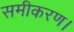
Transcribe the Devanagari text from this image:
समीकरण।